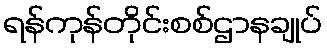
ရန်ကုန်တိုင်းစစ်ဌာနချုပ်